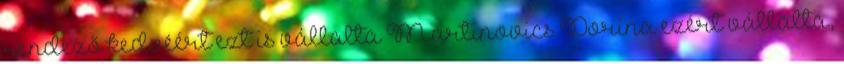
rendező kedvéért ezt is vállalta Martinovics Dorina ezért vállalta,